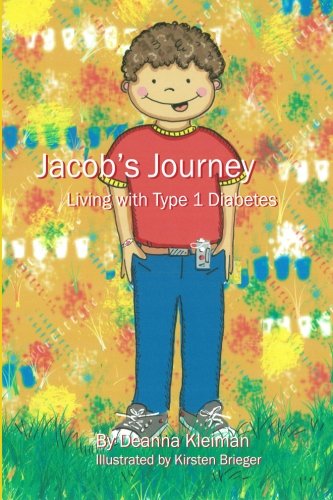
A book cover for Jacob's Journey, Living with Type 1 Diabetes; Mrs. Deanna Kleiman; Health, Fitness & Dieting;